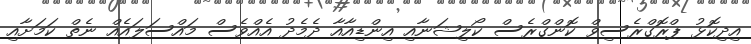
އިދިކޮޅު ޕްރޮގްރެސިވް ކޮންގްރެސް ކޯލިޝަނާއި އިންޑިއާއާ ދެމެދު އެއްވެސް މައްސަލައެއް ނެތް ކަމަށާއި